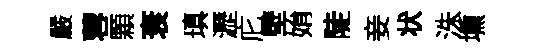
嚴蓉顆衰瑱瀝庀壁姢陡妾状洙壎